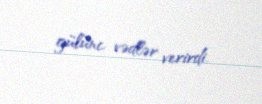
gülünc vədlər verirdi.